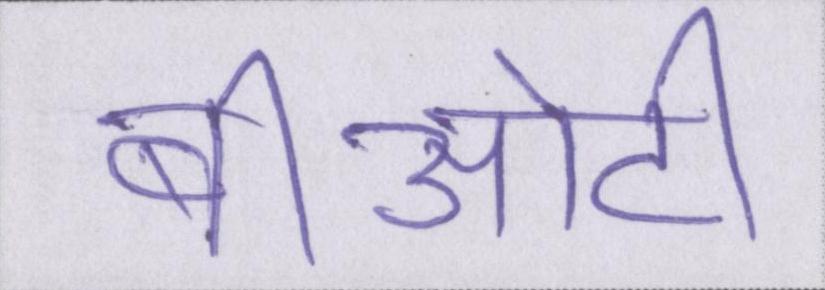
बीओटी